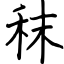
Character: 秣